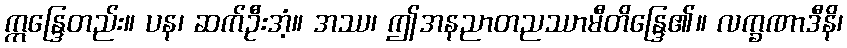
ဣန္ဒြေတည်း။ ပန၊ ဆက်ဦးအံ့။ အဿ၊ ဤအနညာတညဿာမီတိန္ဒြေ၏။ လက္ခဏာဒီနိ၊